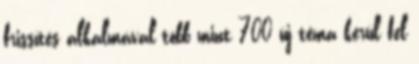
frissítés alkalmával több mint 700 új téma kerül fel